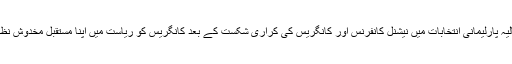
دراصل حالیہ پارلیمانی انتخابات میں نیشنل کانفرنس اور کانگریس کی کراری شکست کے بعد کانگریس کو ریاست میں اپنا مستقبل مخدوش نظر آرہا ہے۔